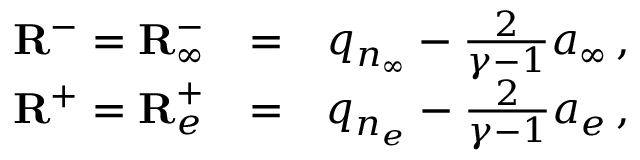
\begin{array} { r l r } { \mathbf { R } ^ { - } = { \mathbf { R } } _ { \infty } ^ { - } } & { = } & { q _ { n _ { \infty } } - \frac { 2 } { \gamma - 1 } a _ { \infty } \, \mathrm { , } } \\ { \mathbf { R } ^ { + } = { \mathbf { R } } _ { e } ^ { + } } & { = } & { q _ { n _ { e } } - \frac { 2 } { \gamma - 1 } a _ { e } \, \mathrm { , } } \end{array}